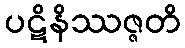
ပဋိနိဿဇ္ဇတိ